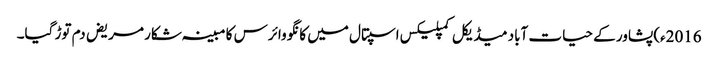
2016ء)پشاور کے حیات آباد میڈیکل کمپلیکس اسپتال میں کانگو وائرس کا مبینہ شکار مریض دم توڑ گیا۔